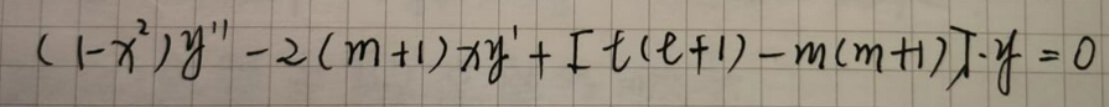
\((1 - x^{2})y'' - 2(m + 1)xy' + [\ell(\ell + 1) - m(m + 1)]y = 0\)